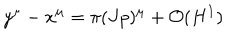
LaTeX: y ^ { \mu } - x ^ { \mu } = \pi ( J p ) ^ { \mu } + { \cal O } ( H ^ { 1 } )